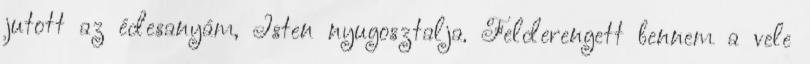
jutott az édesanyám, Isten nyugosztalja. Felderengett bennem a vele